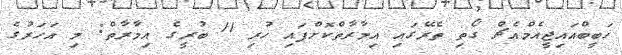
ހަބީބްއައިޖީއެމްއެޗް ގޯތި ތެރޭގައި އިމާރާތްކޮށްފައި ހުރި 11 ބުރީގެ އިމާރާތް: މި އަހަރުގެ